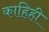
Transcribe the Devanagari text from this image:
काहिही